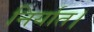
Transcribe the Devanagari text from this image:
निर्यात।